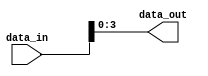
module bit_select_example (
    input [7:0] data_in,
    output [3:0] data_out
);

assign data_out = data_in[3:0]; // Assigning bits 3 to 0 of data_in to data_out

endmodule